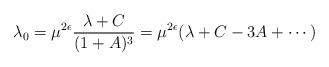
LaTeX: \begin{align*}\lambda_0 = \mu^{2\epsilon} \frac{\lambda + C }{(1+ A )^3}= \mu^{2\epsilon} (\lambda + C - 3 A + \cdots) \end{align*}